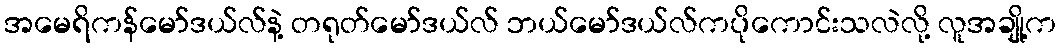
အမေရိကန်မော်ဒယ်လ်နဲ့ တရုတ်မော်ဒယ်လ် ဘယ်မော်ဒယ်လ်ကပိုကောင်းသလဲလို့ လူအချို့က